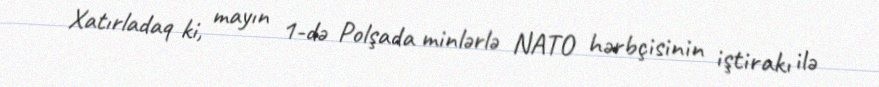
Xatırladaq ki, mayın 1-də Polşada minlərlə NATO hərbçisinin iştirakı ilə